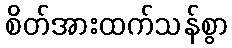
စိတ်အားထက်သန်စွာ